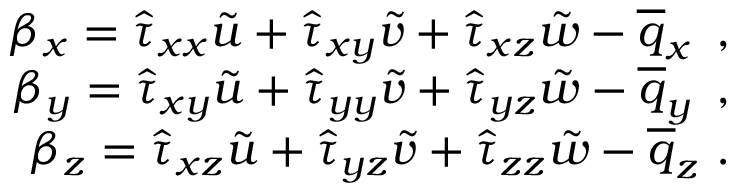
\begin{array} { r } { \beta _ { x } = \hat { \tau } _ { x x } \tilde { u } + \hat { \tau } _ { x y } \tilde { v } + \hat { \tau } _ { x z } \tilde { w } - \overline { { q } } _ { x } \, \mathrm { ~ , ~ } } \\ { \beta _ { y } = \hat { \tau } _ { x y } \tilde { u } + \hat { \tau } _ { y y } \tilde { v } + \hat { \tau } _ { y z } \tilde { w } - \overline { { q } } _ { y } \, \mathrm { ~ , ~ } } \\ { \beta _ { z } = \hat { \tau } _ { x z } \tilde { u } + \hat { \tau } _ { y z } \tilde { v } + \hat { \tau } _ { z z } \tilde { w } - \overline { { q } } _ { z } \mathrm { ~ . ~ } } \end{array}